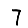
Digit: 7